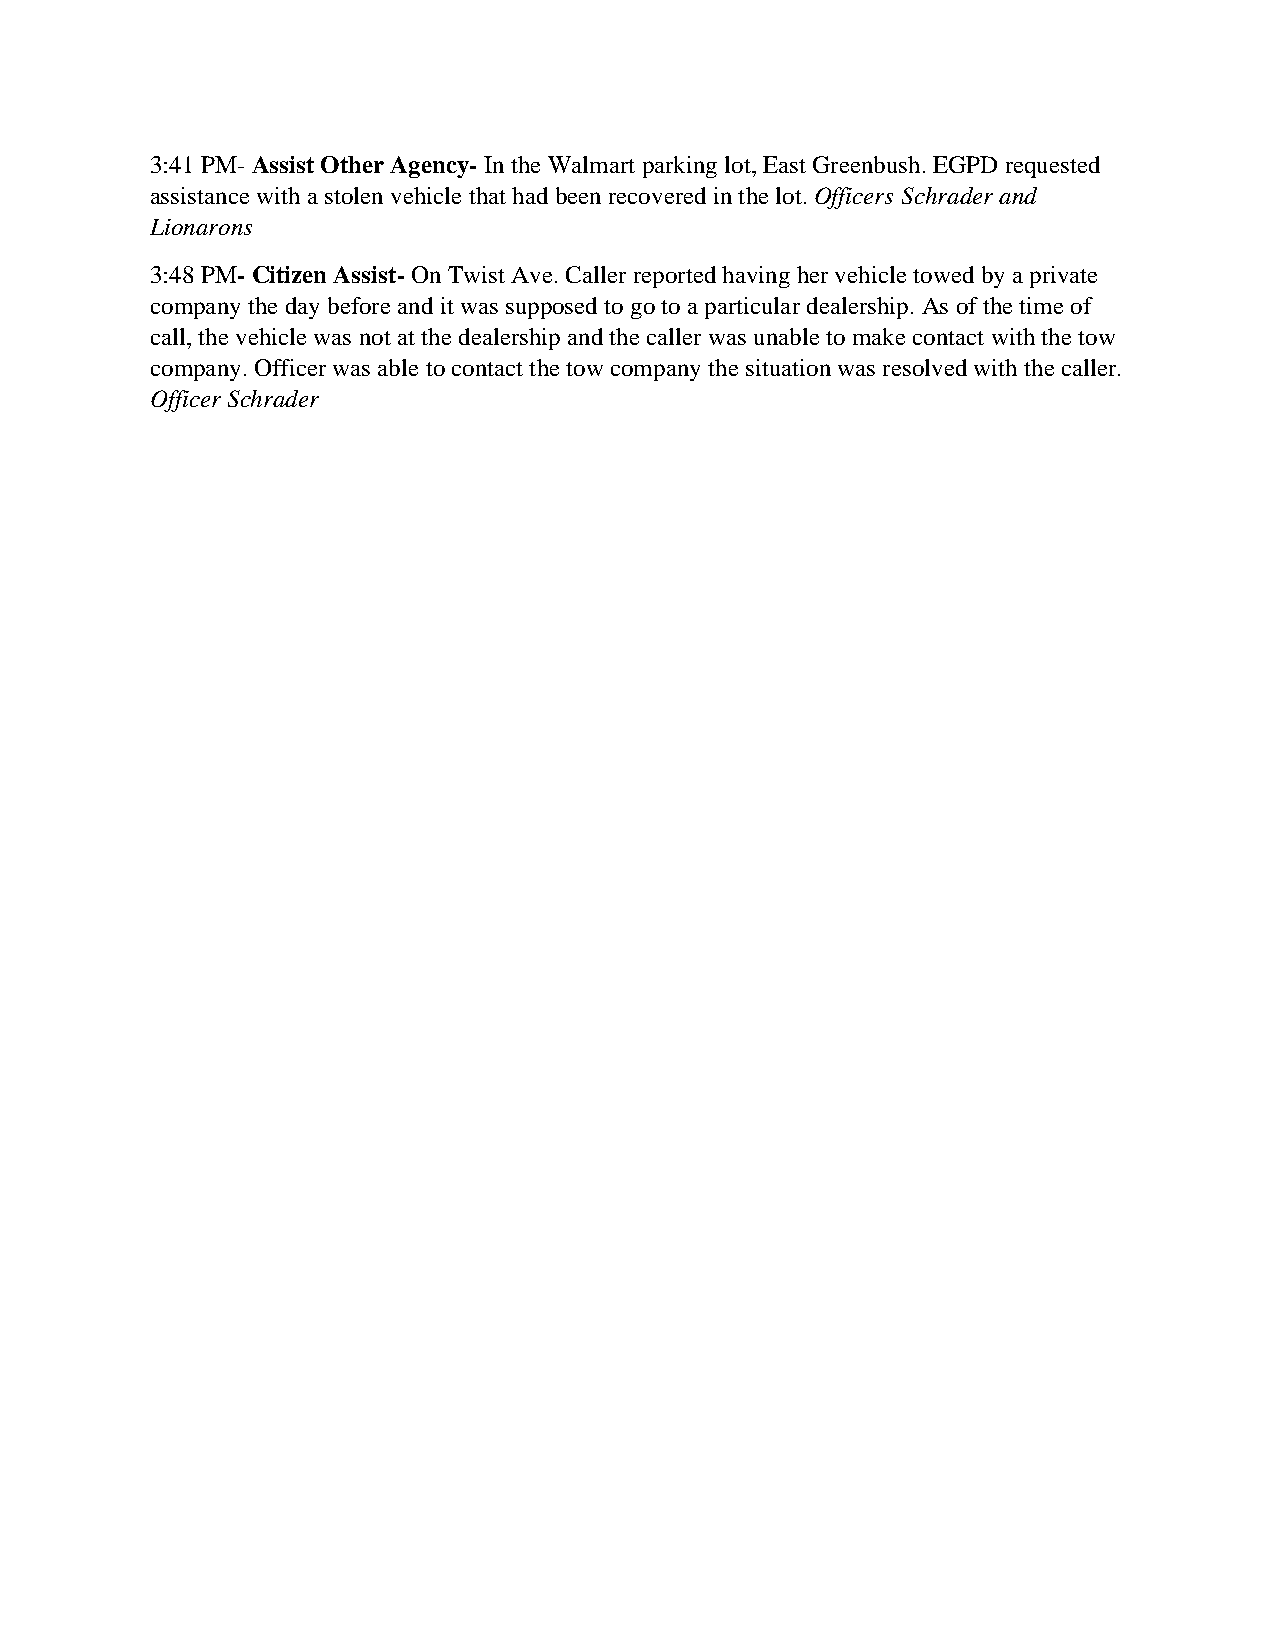
3:41 PM- Assist Other Agency- In the Walmart parking lot, East Greenbush. EGPD requested
 assistance with a stolen vehicle that had been recovered in the lot. Officers Schrader and
 Lionarons
 3:48 PM- Citizen Assist- On Twist Ave. Caller reported having her vehicle towed by a private
 company the day before and it was supposed to go to a particular dealership. As of the time of
 call, the vehicle was not at the dealership and the caller was unable to make contact with the tow
 company. Officer was able to contact the tow company the situation was resolved with the caller.
 Officer Schrader